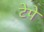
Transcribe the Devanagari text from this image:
टेपे